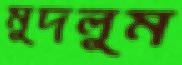
মুদলুম